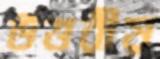
উত্তরীয়